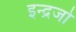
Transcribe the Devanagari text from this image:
इन्द्रजो